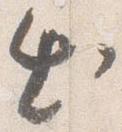
出